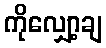
ကိုလျှော့ချ